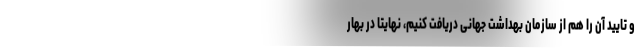
و تایید آن را هم از سازمان بهداشت جهانی دریافت کنیم، نهایتا در بهار